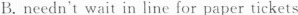
B. needn't wait in line for paper tickets